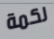
لكمة